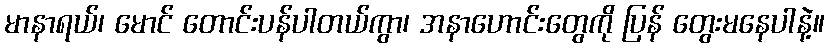
မာနာရယ်၊ မောင် တောင်းပန်ပါတယ်ကွာ၊ အနာဟောင်းတွေကို ပြန် တွေးမနေပါနဲ့။